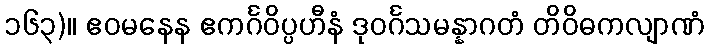
၁၆၃)။ ဧဝမနေန ဧကင်္ဂဝိပ္ပဟီနံ ဒုဝင်္ဂသမန္နာဂတံ တိဝိဓကလျာဏံ